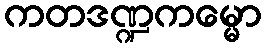
ကတဒဏ္ဍကမ္မော